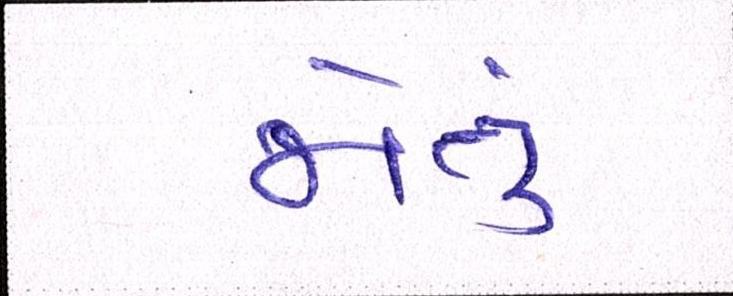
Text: જોતું